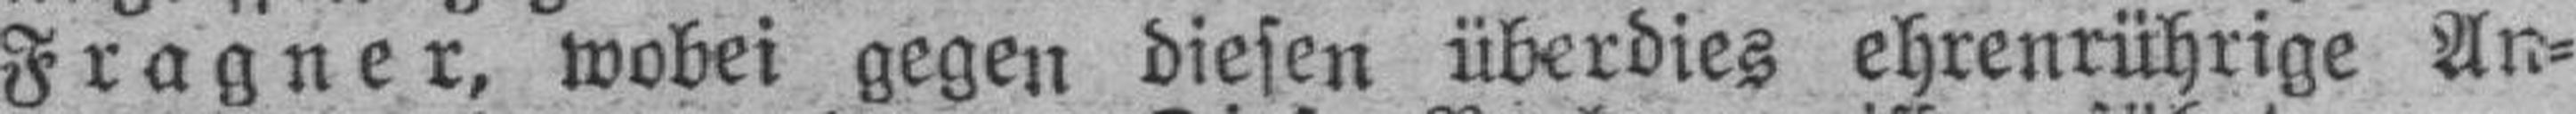
Fragner, wobei gegen diesen überdies ehrenrührige An¬